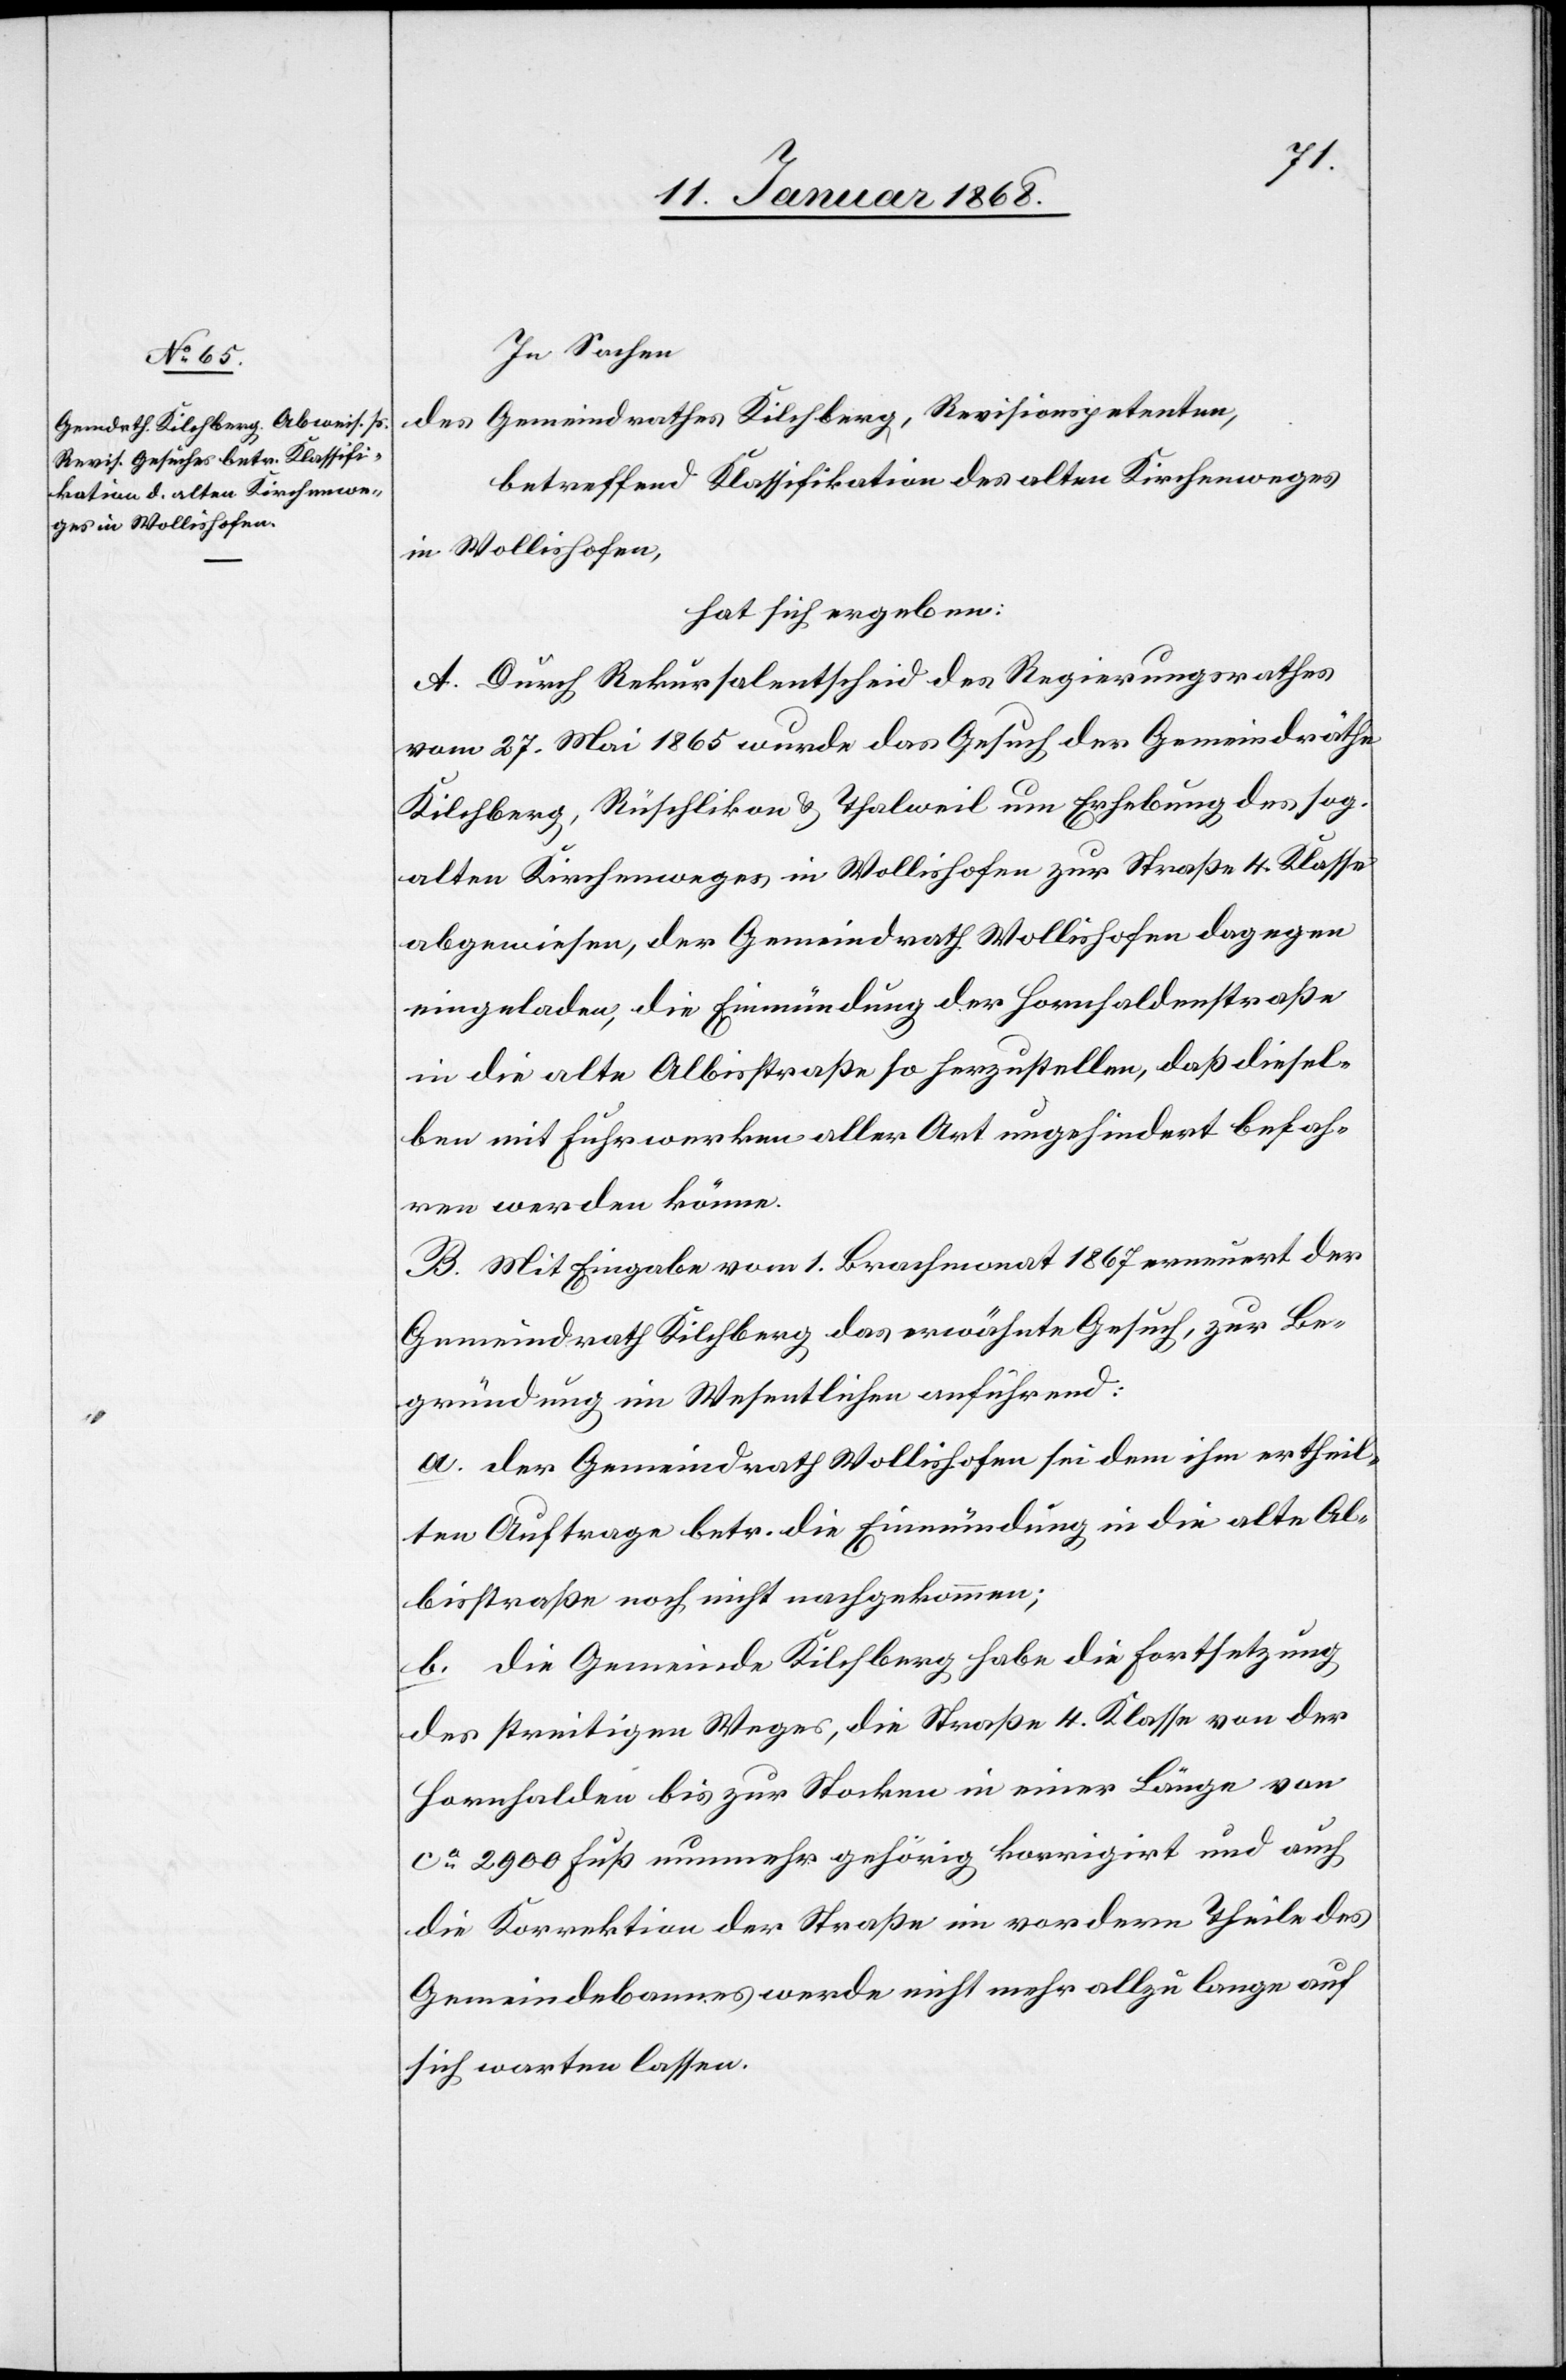
In Sachen
des Gemeindrathes Kilchberg, Revisionspetenten,
betreffend Klassifikation des alten Kirchenweges
in Wollishofen,
hat sich ergeben:
A. Durch Rekursalentscheid des Regierungsrathes
vom 27. Mai 1865 wurde das Gesuch der Gemeindräthe
Kilchberg, Rüschlikon & Thalweil um Erhebung des sog.
alten Kirchenweges in Wollishofen zur Straße 4. Klasse
abgewiesen, der Gemeindrath Wollishofen dagegen
eingeladen, die Einmündung der Hornhaldenstraße
in die alte Albisstraße so herzustellen, daß dieselben
[sic!] mit Fuhrwerken aller Art ungehindert befah¬
ren werden könne.
B. Mit Eingabe vom 1. Brachmonat 1867 erneuert der
Gemeindrath Kilchberg das erwähnte Gesuch, zur Be¬
gründung im Wesentlichen anführend:
a. der Gemeindrath Wollishofen sei dem ihm ertheil¬
ten Auftrage betr. die Einmündung in die alte Al¬
bisstraße noch nicht nachgekommen;
b. die Gemeinde Kilchberg habe die Fortsetzung
des streitigen Weges, die Straße 4. Klasse von der
Hornhalden bis zur Stocken in einer Länge von
ca. 2900 Fuß nunmehr gehörig korrigirt und auch
die Korrektion der Straße im vordern Theile des
Gemeindebannes werde nicht mehr allzu lange auf
sich warten lassen.